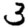
Digit: 3